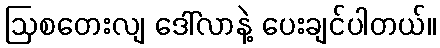
ဩစတေးလျ ဒေါ်လာနဲ့ ပေးချင်ပါတယ်။